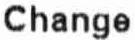
CHANGE